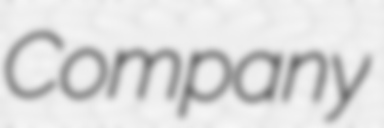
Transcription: Company